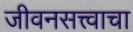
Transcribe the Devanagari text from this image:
जीवनसत्त्वाचा